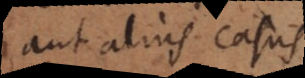
aut alius casus